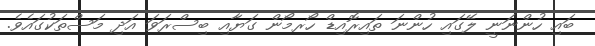
ބައި ހުންނަނީ ލޭގައި ހުންނަ ތައިރޮއިޑް ހޯރމޯން ގަޔާއި ބިސްރަވަ އަދި މަސްތަކުގައެވެ.